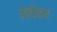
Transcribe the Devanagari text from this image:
माधेकर